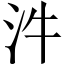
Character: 汼